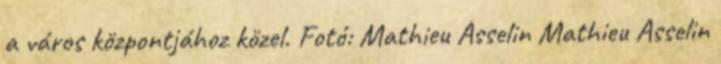
a város központjához közel. Fotó: Mathieu Asselin Mathieu Asselin